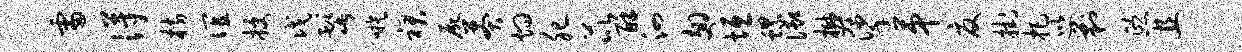
雷得枋谊授戊髭嗾裙尸莽灼肥芘酥泗翅垣螺御樊挲第夏挂把巡剿熙且